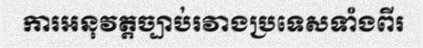
ការអនុវត្តច្បាប់រវាងប្រទេសទាំងពីរ